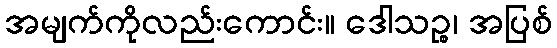
အမျက်ကိုလည်းကောင်း။ ဒေါသဉ္စ၊ အပြစ်